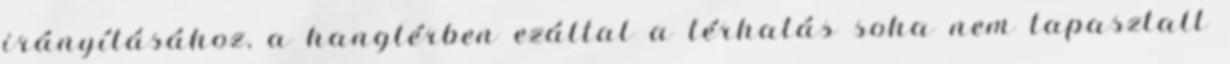
irányításához, a hangtérben ezáltal a térhatás soha nem tapasztalt